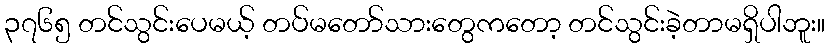
၃၇၆၅ တင်သွင်းပေမယ့် တပ်မတော်သားတွေကတော့ တင်သွင်းခဲ့တာမရှိပါဘူး။